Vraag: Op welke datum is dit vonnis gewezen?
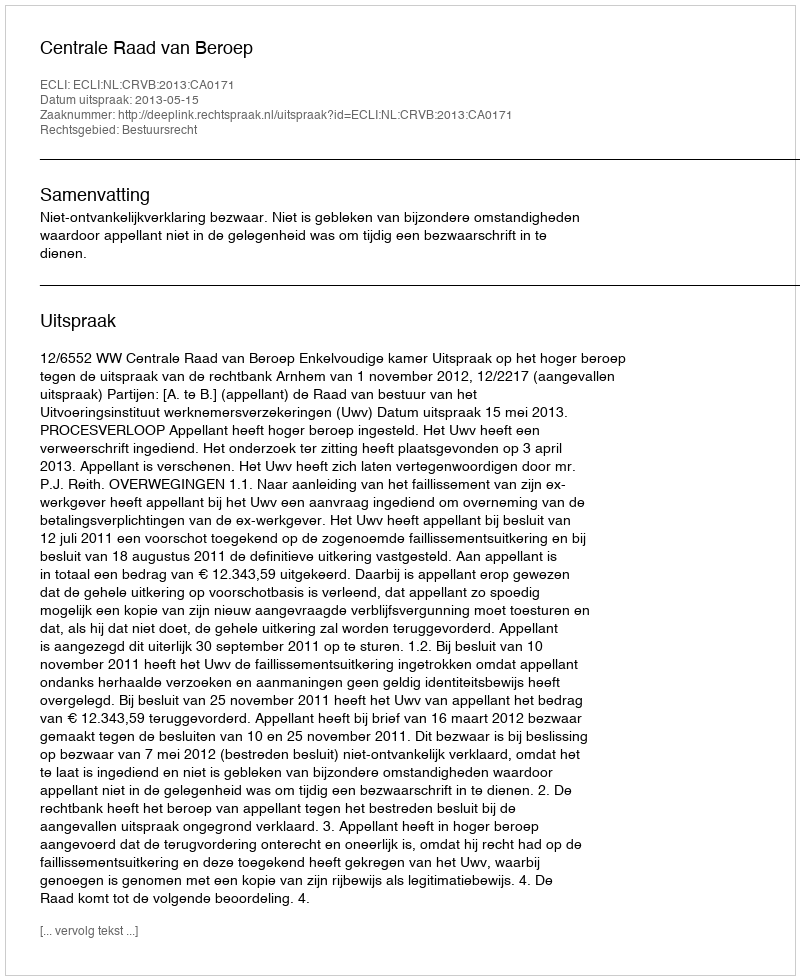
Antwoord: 2013-05-15